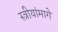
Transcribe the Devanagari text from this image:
स्त्रीयांमागे